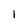
Character: I